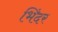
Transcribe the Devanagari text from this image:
भिंदर